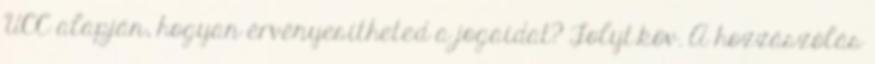
UCC alapján, hogyan érvényesítheted a jogaidat? Folyt.köv. A hozzászólás